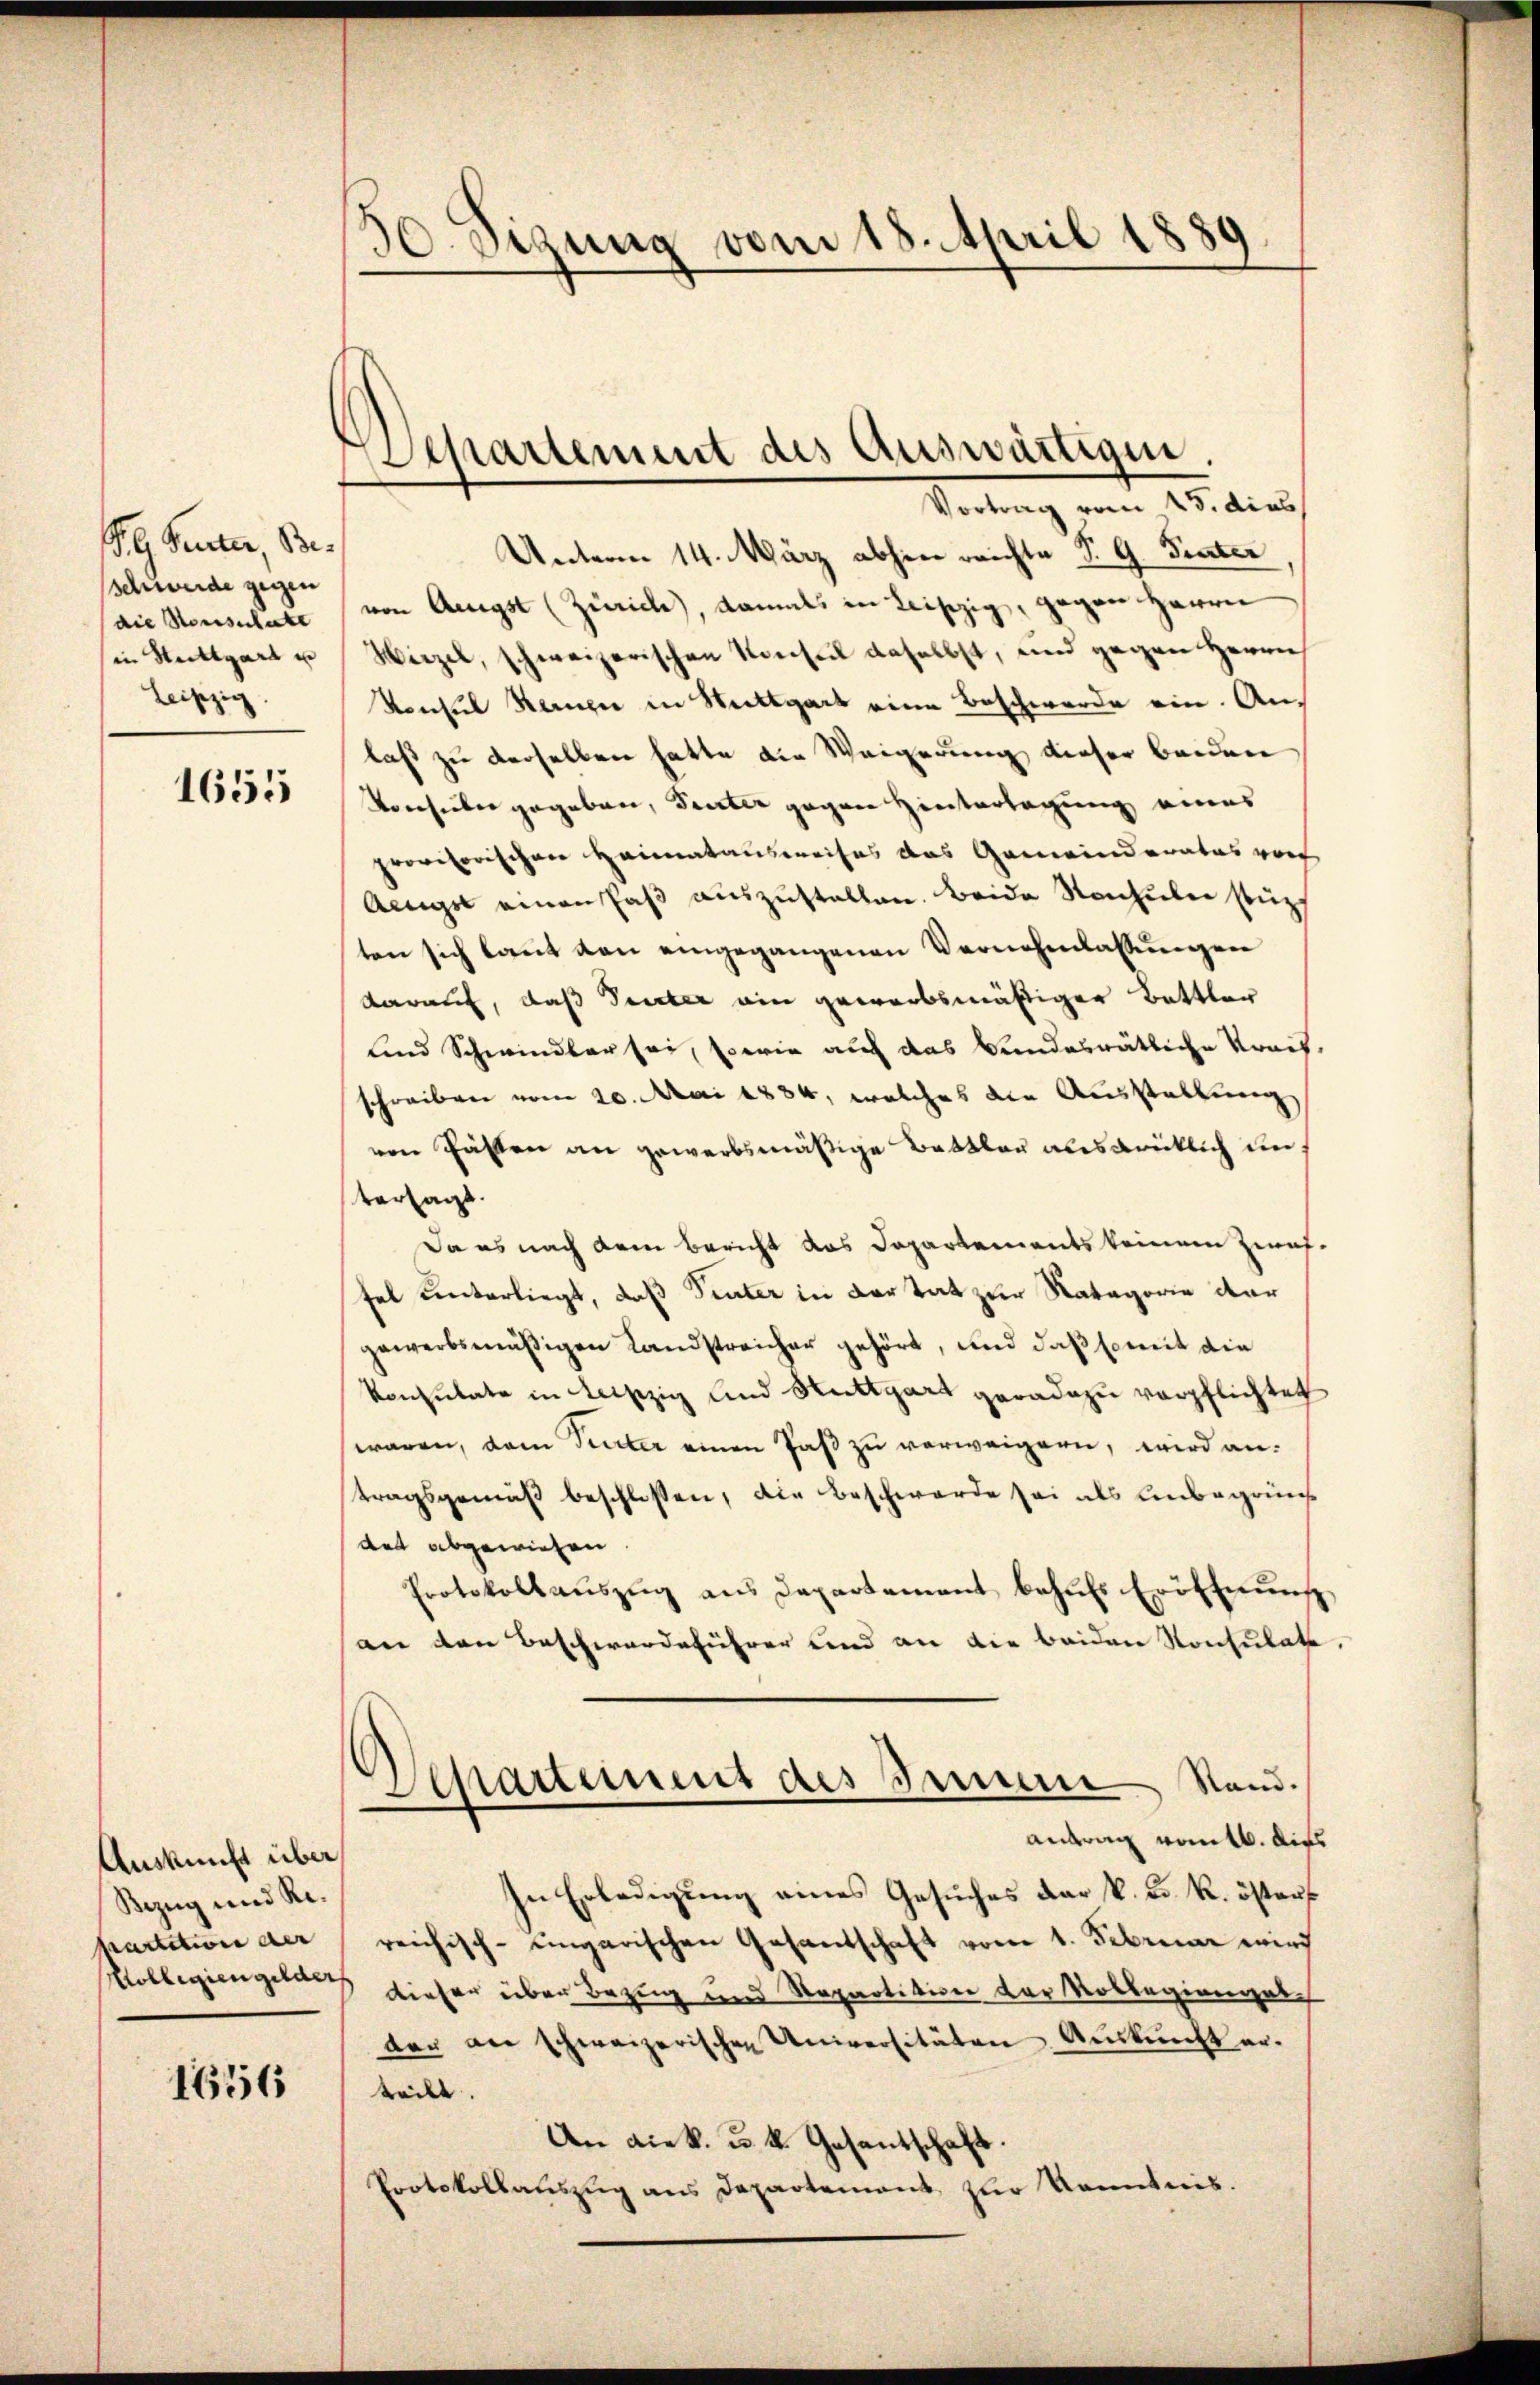
G Peuter, Beschwerde gegen
(die Konsulate
in Stuttgart un
Leipzig.

1655

Auskunft über
Bezug und Repartition der
Kollegiengelder

1656

30 sezung vom 18. April 1889

Separtement des Auswärtigen.

Vortrag vom 15. dies
Unterm 14. März abhin reichte S. G. Tinter
von Aeugst (Zürich, damals in Leipzig, gegen Herrn
Hirzel, schweizerischen Konseil daselbst, und gegen Herrn
Konsul Kerner in Wettgart eine Beschwerde ein. An-
laß zu derselben hatte die Weigerung dieser beiden
Konsuler gegeben, Seiter gegen Hinterlegung eines
provisorischen Heimatausweises das Gemeinderates von
Aengst einen daβ aŭszŭstellen. Beide Nenhuber stütz
ten sich laut von eingegangenen Vernehmlassungen
darauf, daß Seiter ein gewerbsmäßiger Bettler
lind Schwindbar sei, sowie auf das Beendesrätliche Krais,
schreiben vom 20. Mai 1884, welches die Ausstellung
ven Gästen an gewerbsmäßige Bettler ausdrücklich in
versagt.
Da es nach dem Bericht das Departements keinen Zeit-
fel unterliegt, daß Sinter in der tat zur Natagorie dar
gewerbsmäßigen Landstreicher gehört, und daß somit die
Konsulate in Leipzig und Stuttgart geradezu verpflichtet
waren, dem Seiter einen Paß zu verweigern, wird antragsgemäß beschlossen, die Beschwerde sei als Unbegründ
det abgewiesen
Protokollauszug aus Departement behŭfs Eröffnung
an den Beschwerdeführer und an die beiden Konsulate.
Departement des Immene Stand.
antrag vom 16. dies
In Erledigung eines Gesuches der k. k. k. östers
reichisch-ungarischen Gesandschaft vom 1. Februar wird
dieser über Bezug und Repartition der Kollegiengel
ter an schweizerischen Universitäten Auskunft er.
teilt.
An Liek. u. k. Gesantschaft
Protokollauszug aus Departement zur Kenntnis.